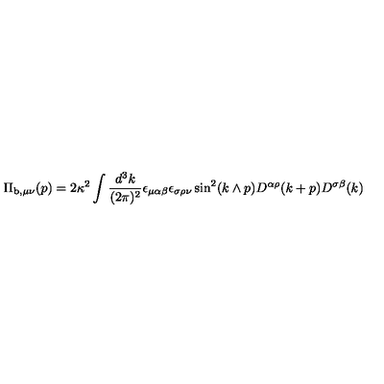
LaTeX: \Pi _ { \mathrm { b } , \mu \nu } ( p ) = 2 \kappa ^ { 2 } \int \frac { d ^ { 3 } k } { ( 2 \pi ) ^ { 2 } } \epsilon _ { \mu \alpha \beta } \epsilon _ { \sigma \rho \nu } \sin ^ { 2 } ( k \wedge p ) D ^ { \alpha \rho } ( k + p ) D ^ { \sigma \beta } ( k )